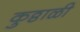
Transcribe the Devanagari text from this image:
कुठ्ठाळी